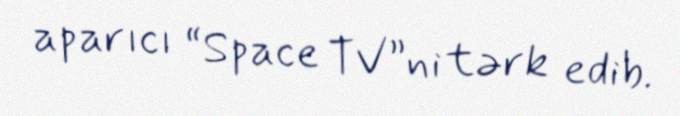
aparıcı “Space TV”ni tərk edib.